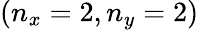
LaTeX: (n_{x}=2,n_{y}=2)